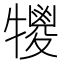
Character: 𤛵